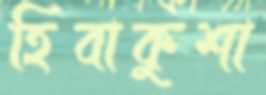
হিবাকুশা